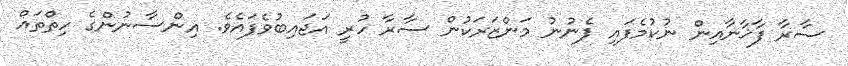
ސާރާ ފާޚާނާއިން ނުކުމެފައި ފެނުނު މަންޒަރަކުން ސާރާ ހުރީ އަޖައިބުވެފައެވެ. އިންސާނުންގެ ހިތްތައް